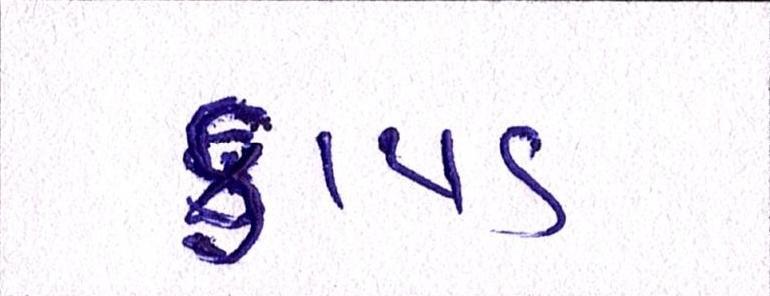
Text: કાપડ